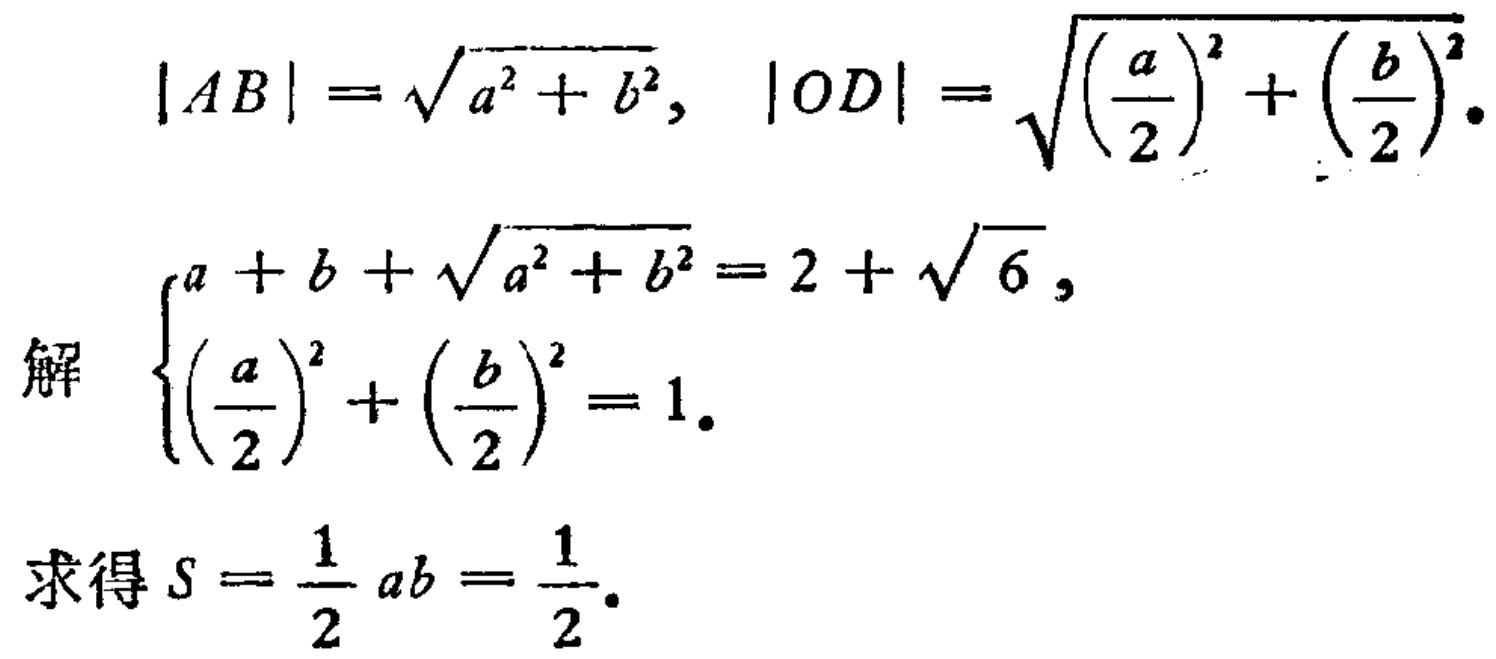
\[
\begin{align*}
|AB|&=\sqrt{a^{2}+b^{2}}, \quad |OD|=\sqrt{\left(\frac{a}{2}\right)^{2}+\left(\frac{b}{2}\right)^{2}}.\\
\text{解}\quad
&\begin{cases}
a + b+\sqrt{a^{2}+b^{2}}=2+\sqrt{6},\\
\left(\frac{a}{2}\right)^{2}+\left(\frac{b}{2}\right)^{2}=1.
\end{cases}\\
\text{求得}S&=\frac{1}{2}ab=\frac{1}{2}.
\end{align*}
\]